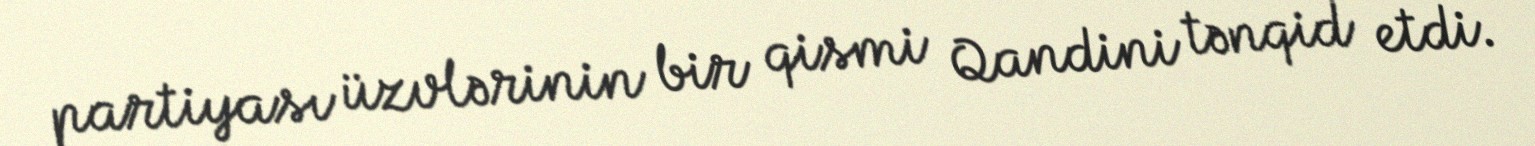
partiyası üzvlərinin bir qismi Qandini tənqid etdi.